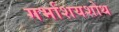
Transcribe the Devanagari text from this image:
गर्भाशयशोथ